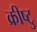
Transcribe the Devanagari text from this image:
क्रीष्टु